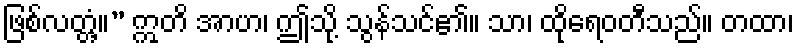
ဖြစ်လတ္တံ့။” ဣတိ အာဟ၊ ဤသို့ သွန်သင်၏။ သာ၊ ထိုရေဝတီသည်။ တထာ၊